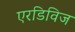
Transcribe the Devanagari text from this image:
एरडिविज